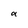
Character: a